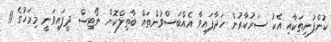
ކުންފުނިތަކާއި އެކު ސަރުކާރުން ހަދާފައިވާ އެއްބަސްވުންތައް ބާތިލްކޮށް ނޯޓިސް ދީފައިވަނީ މިމަހުގެ 11